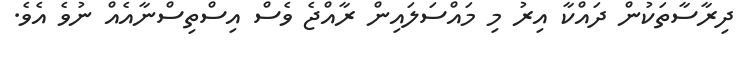
ދިރާސާތަކުން ދައްކާ އިރު މި މައްސަލައިން ރާއްޖެ ވެސް އިސްތިސްނާއެއް ނުވެ އެވެ.